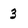
Character: 3